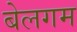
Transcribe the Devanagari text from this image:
बेलगम